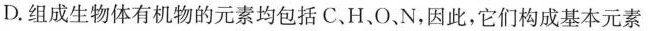
D.组成生物体有机物的元素均包括C、H、O，N，因此，它们构成基本元素